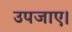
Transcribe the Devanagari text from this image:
उपजाए।